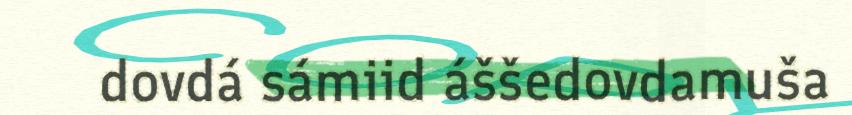
dovdá sámiid áššedovdamuša